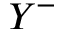
Y ^ { - }